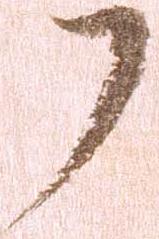
了